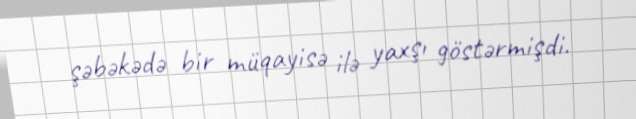
şəbəkədə bir müqayisə ilə yaxşı göstərmişdi.